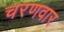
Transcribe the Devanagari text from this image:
चरणवार